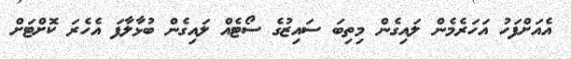
އެއަށްފަހު އަހަރެމެން ލައިގެން މިތިބަ ސައިޒުގެ ސޯޓެއް ލައިގެން ބުޅާލާފަ އެހެރަ ކޮށްޓަށް